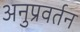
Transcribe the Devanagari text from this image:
अनुप्रवर्तन